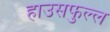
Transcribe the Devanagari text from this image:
हाउसफुल्ल